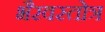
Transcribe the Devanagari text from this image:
भैरवस्तोत्र